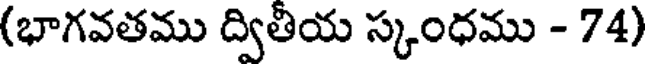
(భాగవతము ద్వితీయ స్కంధము - 74)